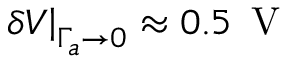
\left. \delta V \right\vert _ { \Gamma _ { a } \to 0 } \approx 0 . 5 \, \mathrm { ~ V ~ }